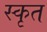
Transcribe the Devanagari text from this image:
स्कृत